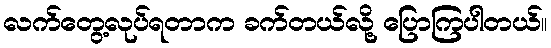
လက်တွေ့လုပ်ရတာက ခက်တယ်လို့ ပြောကြပါတယ်။